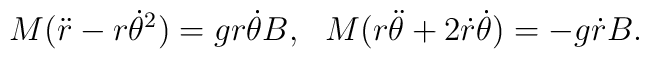
M(\ddot r-r{\dot \theta}^2)=gr\dot\theta B,~~ M(r\ddot\theta+2\dot r\dot \theta)=-g\dot rB.